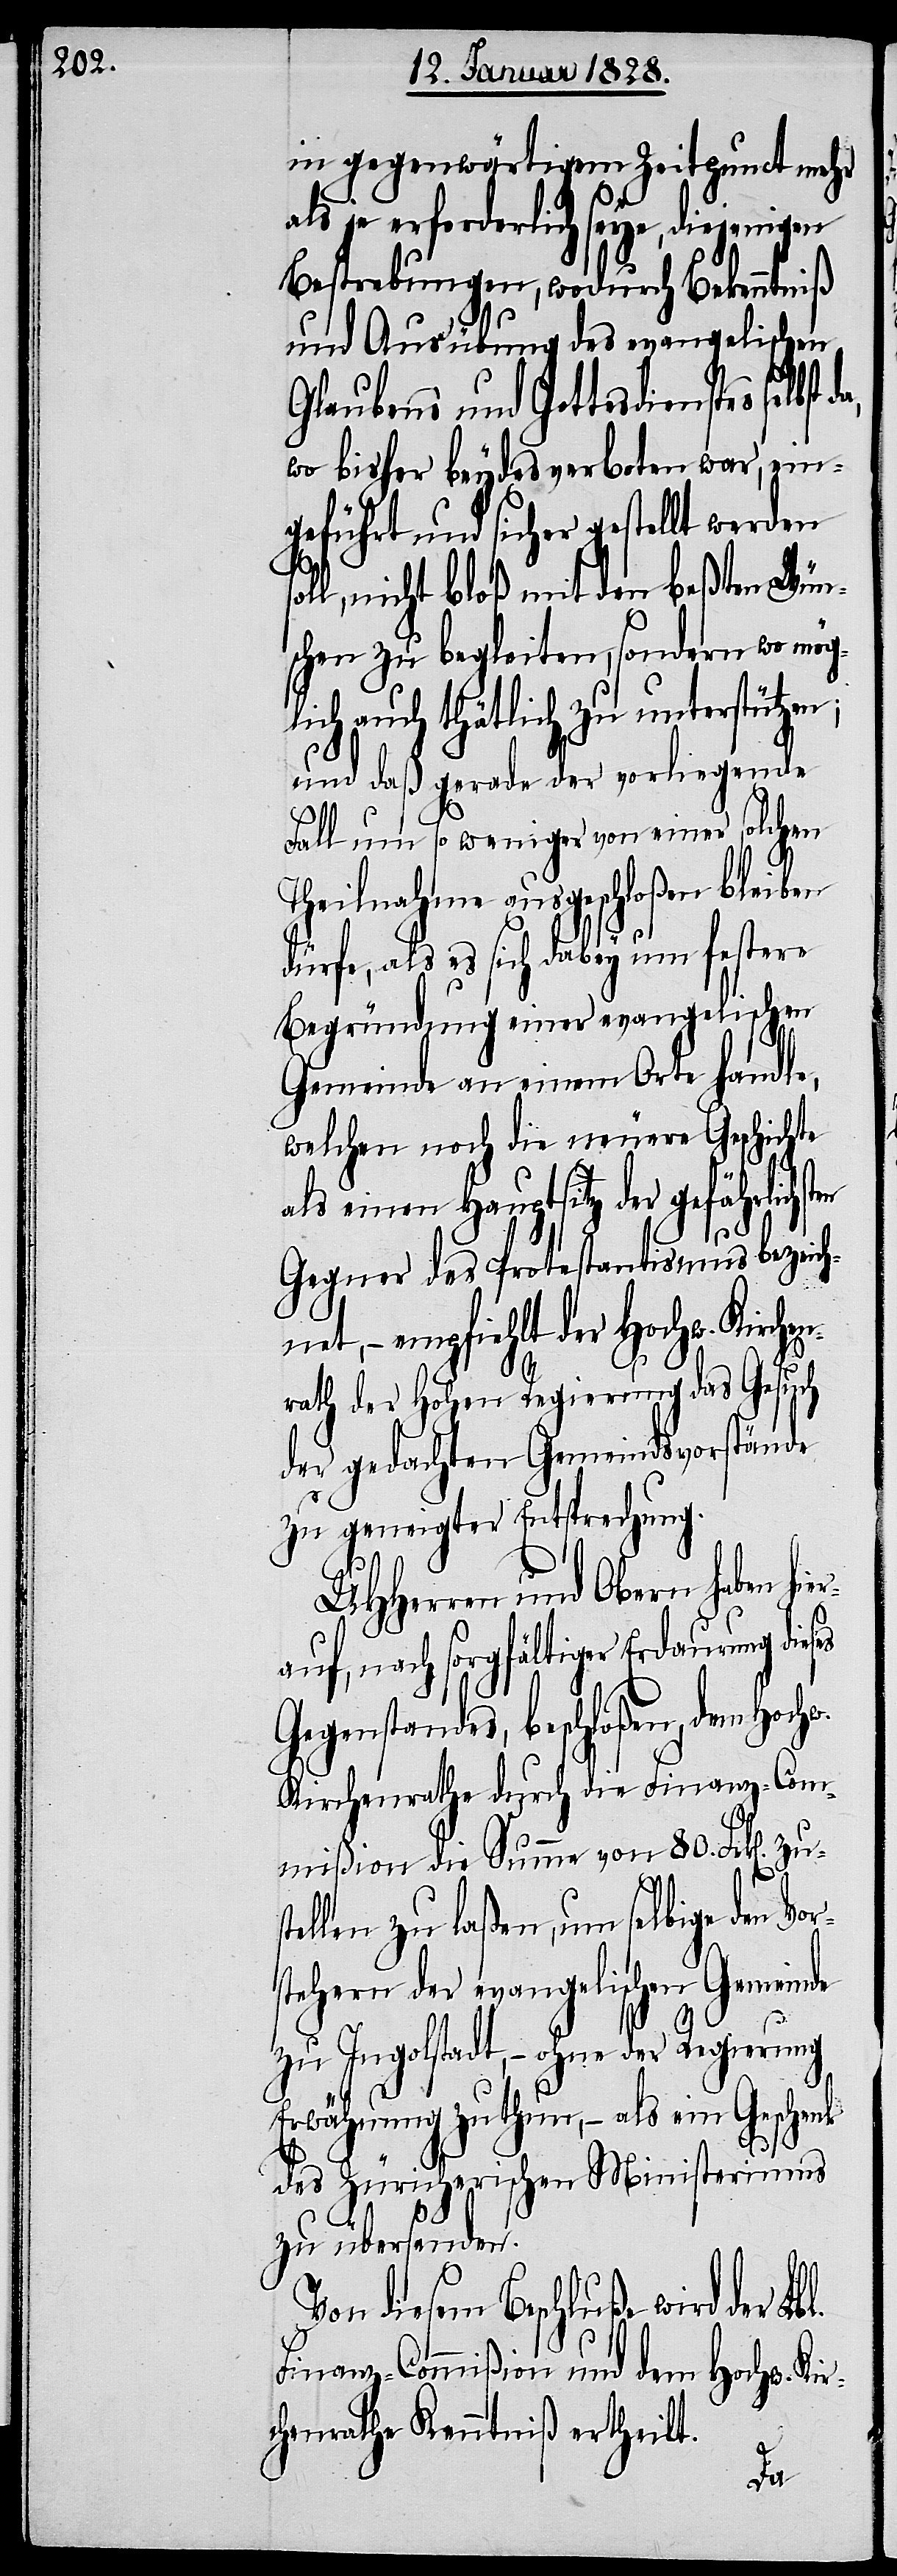
in gegenwärtigem Zeitpunct mehr
als je erforderlich sey, diejenigen
Bestrebungen, wodurch Bekenntniß
und Ausübung des evangelischen
Glaubens und Gottesdienstes selbst
wo bisher beydes verboten war, ein¬
geführt und sicher gestellt werden
oll, nicht bloß mit den beßten Wün¬
schen zu begleiten, sondern wo mögl¬
ich auch thätlich zu unterstütze¬
und daß gerade der vorliegende
Fall um so weniger von einer solchen
Theilnahme ausgeschloßen bleiben
dürfe, als es sich dabey um festere
Begründung einer evangelischen
Gemeinde an einem Orte handle,
welchen noch die neuere Geschichte
als einen Hauptsitz der gefährlichs¬
ten
Gegner des Protestantismus bezeichn¬
et, – empfiehlt der Hochw. Kirch¬
rath der Hohen Regierung das Gesuch
der gedachten Gemeindsvorstände
zu geneigter Entsprechung.
UHHerren und Obern haben hier¬
auf, nach sorgfältiger Erdaurung die¬
Gegenstandes, beschloßen, dem Hochw.
Kirchenrathe durch die Finanz-Com¬
mißion die Summe von 80. Frk[en].
tellen zu laßen, um selbige den Vor¬
stehern der evangelischen Gemeinde
zu Ingolstadt, – ohne der Regierung
Erwähnung zu thun, – als ein Geschenk
des Züricherischen Ministeriums
zu übersenden.
Von diesem Beschluße wird der Lbl.
Finanz-Commißion und dem Hochw. Kir¬
chenrathe Kenntniß ertheilt.
en¬
zus¬